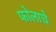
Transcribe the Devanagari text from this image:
फोलाचे